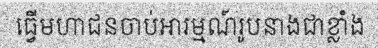
ធ្វើមហាជនចាប់អារម្មណ៍រូបនាងជាខ្លាំង